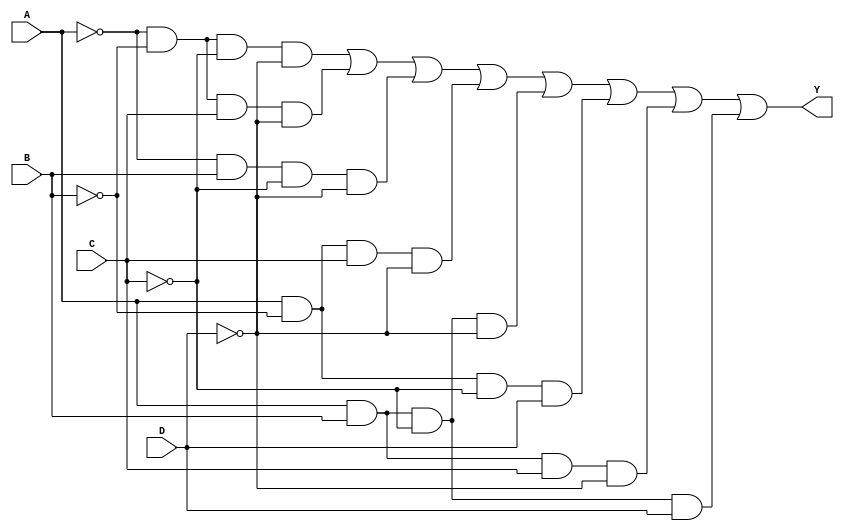
module combinational_logic(
    input wire A,
    input wire B,
    input wire C,
    input wire D,
    output wire Y
);

// Intermediate signals for minterms
wire m0, m1, m3, m5, m7, m8, m10, m14;

// Define minterms for SOP
assign m0 = ~A & ~B & ~C & ~D;  // minterm 0
assign m1 = ~A & ~B &  C & ~D;  // minterm 1
assign m3 = ~A &  B & ~C & ~D;  // minterm 3
assign m5 =  A & ~B &  C & ~D;  // minterm 5
assign m7 =  A &  B & ~C & ~D;  // minterm 7
assign m8 =  A & ~B & ~C &  D;  // minterm 8
assign m10 =  A &  B &  C & ~D;  // minterm 10
assign m14 =  A &  B & ~C &  D;  // minterm 14

// OR gate to combine minterms
assign Y = m0 | m1 | m3 | m5 | m7 | m8 | m10 | m14;

endmodule